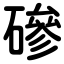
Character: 磣